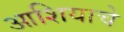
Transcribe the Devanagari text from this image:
आशियाचे